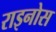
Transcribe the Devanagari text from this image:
राइनोस